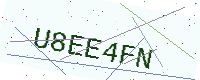
Text: U8EE4FN